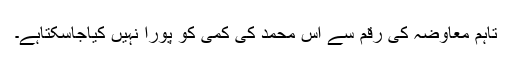
تاہم معاوضہ کی رقم سے آس محمد کی کمی کو پورا نہیں کیاجاسکتاہے۔